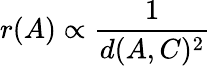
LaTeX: r(A)\propto\frac{1}{d(A,C)^{2}}